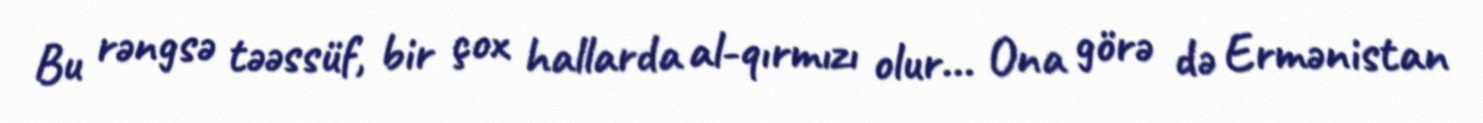
Bu rəngsə təəssüf, bir çox hallarda al-qırmızı olur... Ona görə də Ermənistan